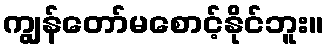
ကျွန်တော်မစောင့်နိုင်ဘူး။